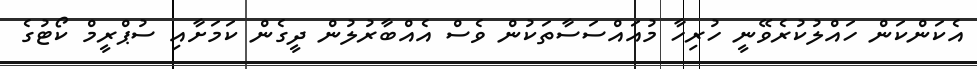
އެކަންކަން ހައްލުކުރެވޭނީ ހުރިހާ މުއައްސަސާތަކުން ވެސް އެއްބާރުލުން ދީގެން ކަމަށާއި ސުޕްރީމް ކޯޓުގެ